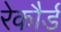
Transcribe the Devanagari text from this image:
रेकौर्ड